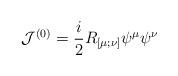
LaTeX: \begin{align*}{\cal J}^{(0)} = \frac i2 R_{[\mu;\nu]} \psi^\mu \psi^\nu\end{align*}